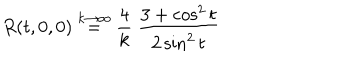
LaTeX: \frac { R ( t , 0 , 0 ) \buildrel { k \to \infty } } { = \frac { 4 } { k } \; \frac { 3 + \cos ^ { 2 } t } { 2 \sin ^ { 2 } t } }